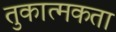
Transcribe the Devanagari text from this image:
तुकात्मकता